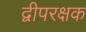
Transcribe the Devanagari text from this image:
द्वीपरक्षक